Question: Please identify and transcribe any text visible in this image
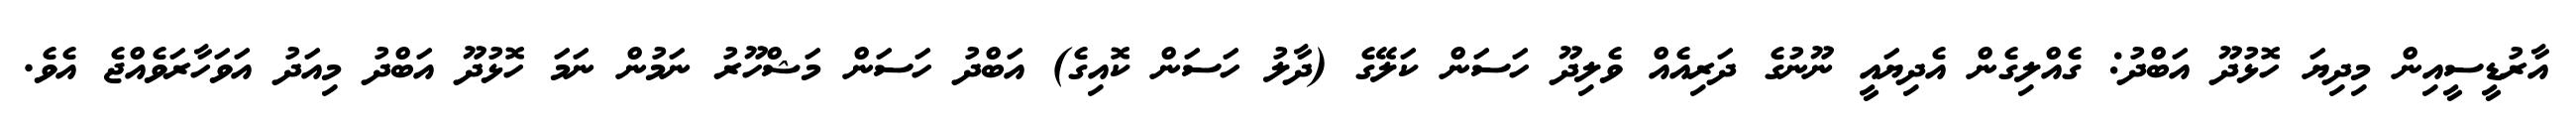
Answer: އާރުޑީސީއިން މިދިޔަ ހޮޅުދޫ އަބްދު: ގެއްލިގެން އެދިޔައީ ނޫނުގެ ދަރިއެއް ވެލިދޫ ހަސަން ކަލޭގެ (ދާލު ހަސަން ކޮއިގެ) އަބްދު ހަސަން މަޝްހޫރު ނަމުން ނަމަ ހޮޅުދޫ އަބްދު މިއަދު އަވަހާރަވެއްޖެ އެވެ.